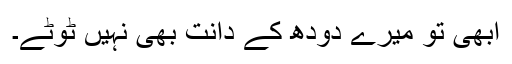
ابھی تو میرے دودھ کے دانت بھی نہیں ٹوٹے۔